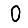
Digit: 0